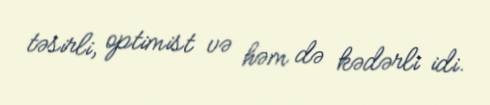
təsirli, optimist və həm də kədərli idi.